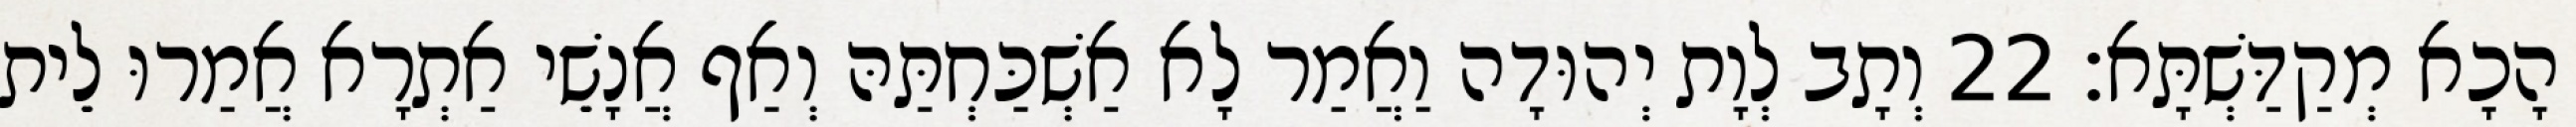
הָכָא מְקַדַּשְׁתָּא׃ 22 וְתָב לְוָת יְהוּדָה וַאֲמַר לָא אַשְׁכַּחְתַּהּ וְאַף אֲנָשֵׁי אַתְרָא אֲמַרוּ לֵית